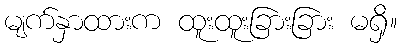
မျက်နှာထားက ထူးထူးခြားခြား မရှိ။